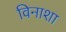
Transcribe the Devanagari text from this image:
विनाशा